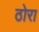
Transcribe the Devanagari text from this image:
ठोरा